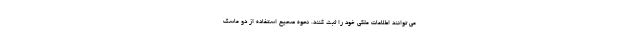
می توانند اطلاعات ملکی خود را ثبت کنند. نحوه صحیح استفاده از دو ماسک